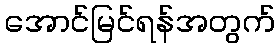
အောင်မြင်ရန်အတွက်